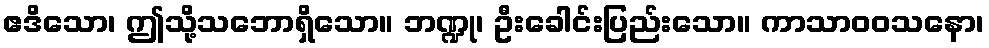
ဧဒိသော၊ ဤသို့သဘောရှိသော။ ဘဏ္ဍု၊ ဦးခေါင်းပြည်းသော။ ကာသာဝဝသနော၊